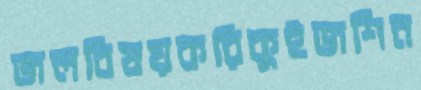
জলবিষয়করিকুইজশিন